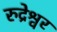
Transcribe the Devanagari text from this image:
रुद्रेश्वर